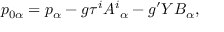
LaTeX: p _ { 0 \alpha } = p _ { \alpha } - g \tau ^ { i } A ^ { i } { } _ { \alpha } - g ^ { \prime } Y B _ { \alpha } ,